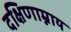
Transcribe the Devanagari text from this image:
दक्षिणाम्नाय